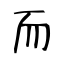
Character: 而